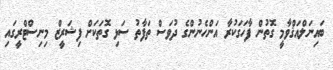
ބައިނަލްއަޤްވާމީ ގޮތުން ފާހަގަކުރާ އަންހެނުންގެ ދުވަސް ތަފާތު ސަޅި ގޮތަކަށް ފިޝަރީޒް މިނިސްޓްރީގައި